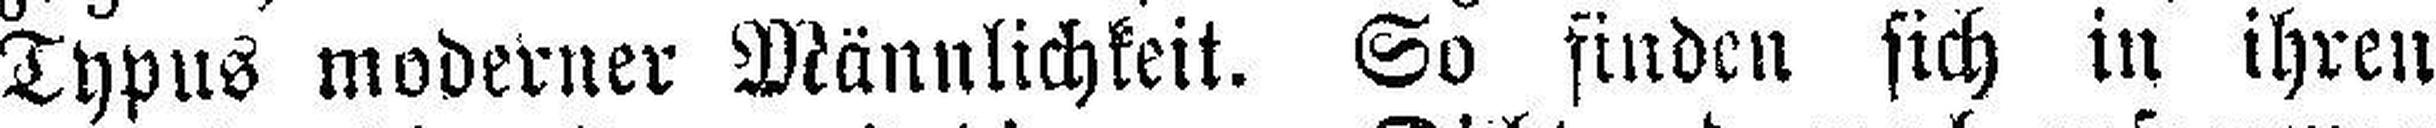
Typus moderner Männlichkeit. So finden sich in ihren